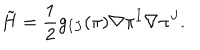
\tilde { H } = { \frac { 1 } { 2 } } g _ { I J } ( \pi ) \nabla \pi ^ { I } \nabla \pi ^ { J } .